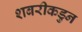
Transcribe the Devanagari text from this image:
शबरीकडुन